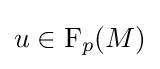
u\in \mathrm {F} _{p}(M)